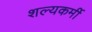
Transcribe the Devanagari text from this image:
शल्यकर्मी